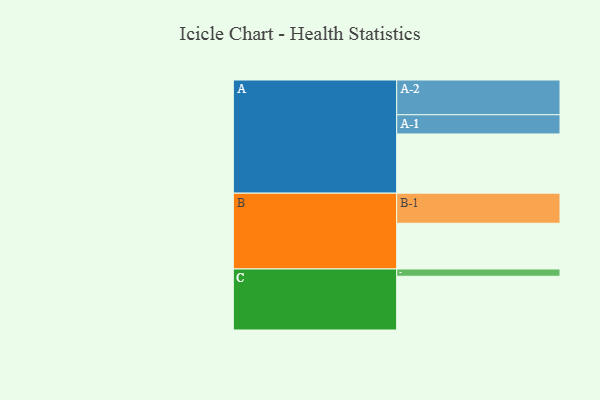
{"axis": {"x": "Segment", "y": "Value"}, "legend": ["", "A", "B", "C"], "data": [{"x": "A", "y": 496, "type": ""}, {"x": "B", "y": 383, "type": ""}, {"x": "C", "y": 450, "type": ""}, {"x": "A-1", "y": 161, "type": "A"}, {"x": "A-2", "y": 291, "type": "A"}, {"x": "B-1", "y": 252, "type": "B"}, {"x": "C-1", "y": 61, "type": "C"}]}